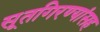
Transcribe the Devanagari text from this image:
सूतगिरण्यांसह